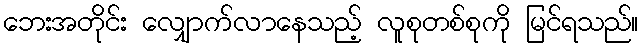
ဘေးအတိုင်း လျှောက်လာနေသည့် လူစုတစ်စုကို မြင်ရသည်။